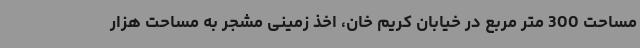
مساحت 300 متر مربع در خیابان کریم خان، اخذ زمینی مشجر به مساحت هزار